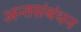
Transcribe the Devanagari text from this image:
अन्तसंबंधन